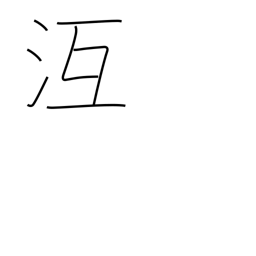
Meaning: freeze over